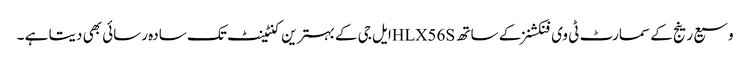
وسیع رینج کے سمارٹ ٹی وی فنکشنز کے ساتھ HLX56Sایل جی کے بہترین کنٹینٹ تک سادہ رسائی بھی دیتا ہے ۔